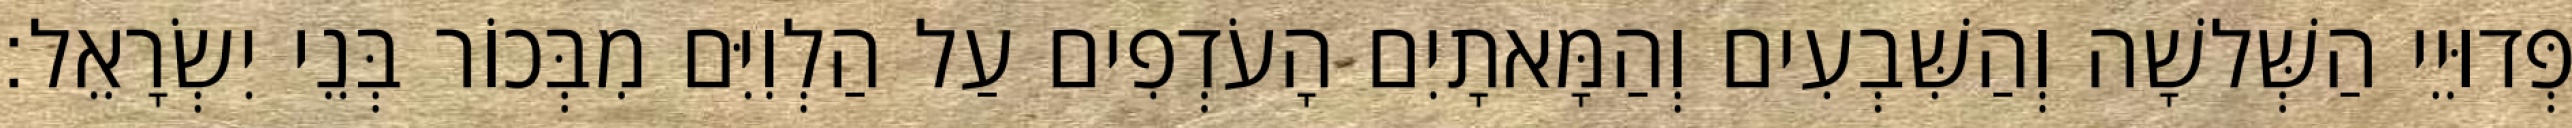
פְּדוּיֵי הַשְּׁלשָׁה וְהַשִּׁבְעִים וְהַמָּאתָיִם הָעֹדְפִים עַל הַלְוִיִּם מִבְּכוֹר בְּנֵי יִשְׂרָאֵל׃